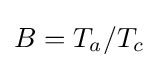
B=T_{a}/T_{c}